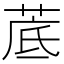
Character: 菧